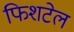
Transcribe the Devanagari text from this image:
फिशटेल